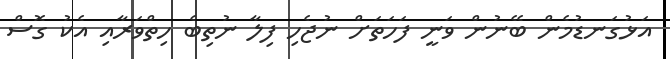
އަޅުގަނޑުމެން ބޭނުން ވަނީ ފަހަތަށް ނުޖެހި ފިލާ ނުތިބެ ހިތްވަރާއި އެކު ގޮސް